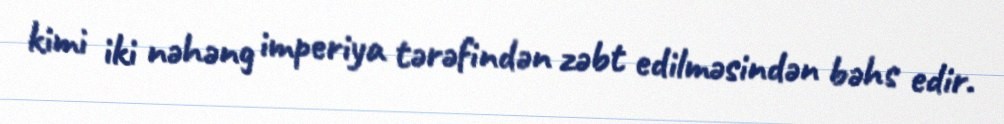
kimi iki nəhəng imperiya tərəfindən zəbt edilməsindən bəhs edir.